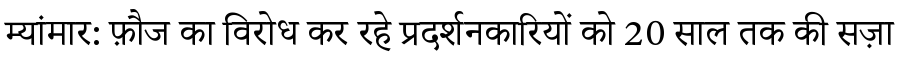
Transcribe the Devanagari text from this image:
म्यांमार: फ़ौज का विरोध कर रहे प्रदर्शनकारियों को 20 साल तक की सज़ा